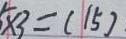
5 \times 3 = ( 1 5 ) .